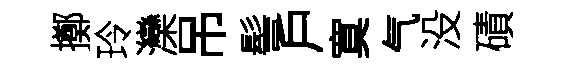
擲玲灤吊髻戶寞气没磧